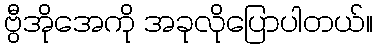
ဗွီအိုအေကို အခုလိုပြောပါတယ်။